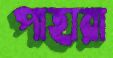
পাহারা